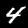
Digit: 4